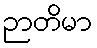
ဉာတိမာ